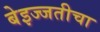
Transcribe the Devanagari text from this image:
बेइज्जतीचा